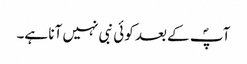
آپؐ کے بعد کوئی نبی نہیں آنا ہے۔